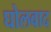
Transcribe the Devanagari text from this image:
घोलवाद